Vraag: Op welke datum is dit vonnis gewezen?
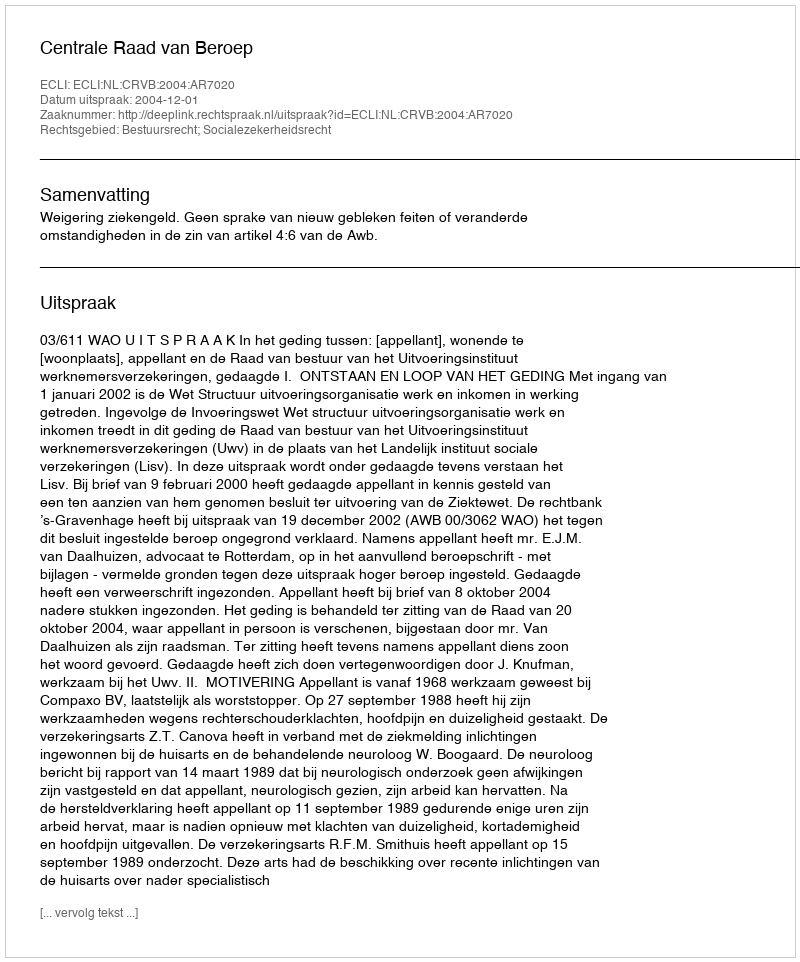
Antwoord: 2004-12-01